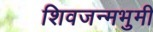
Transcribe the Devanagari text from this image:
शिवजन्मभुमी